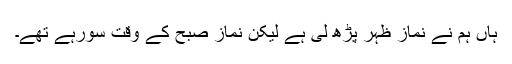
ہاں ہم نے نماز ظہر پڑھ لی ہے لیکن نماز صبح کے وقت سورہے تھے۔